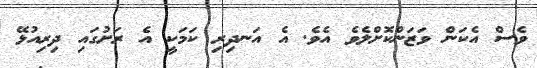
ވެސް އެކަން ވަޒަންކޮށްލެވެ އެވެ. އެ އަނދިރި ކަމަކީ އެ ރަށުގައި ދިރިއުޅޭ